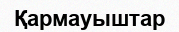
Қармауыштар